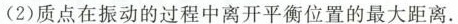
(2) 质点在振动的过程中离开平衡位置的最大距离.